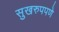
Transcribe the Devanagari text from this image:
सुखरुपपणे